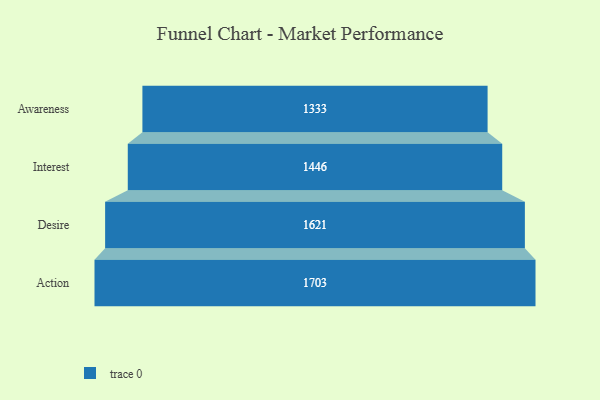
{"axis": {"x": "Stage", "y": "Value"}, "legend": [""], "data": [{"x": "Awareness", "y": 1333.0, "type": ""}, {"x": "Interest", "y": 1446.0, "type": ""}, {"x": "Desire", "y": 1621.0, "type": ""}, {"x": "Action", "y": 1703.0, "type": ""}]}